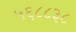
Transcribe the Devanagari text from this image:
५६८८३८